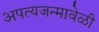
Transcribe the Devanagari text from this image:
अपत्यजन्मावेळी